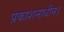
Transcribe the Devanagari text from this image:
प्रकाशनाधीन।